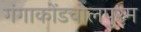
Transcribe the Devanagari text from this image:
गंगाकोंडचोलपुरम